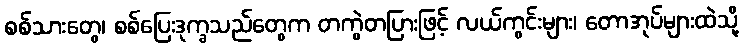
စစ်သားတွေ၊ စစ်ပြေးဒုက္ခသည်တွေက တကွဲတပြားဖြင့် လယ်ကွင်းများ၊ တောအုပ်များထဲသို့